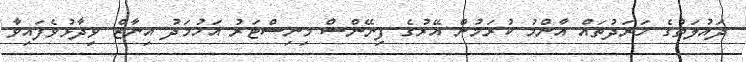
ދައުލަތުގެ ހަރަދުތައް އާންމު ކުރަމުން އޭރުގެ ފިނޭންސް މިނިސްޓަރު އަހުމަދު އިނާޒް ވިދާޅުވެފައިވާ